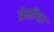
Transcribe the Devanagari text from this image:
प्रेमीयर